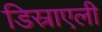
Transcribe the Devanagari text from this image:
डिस्राएली